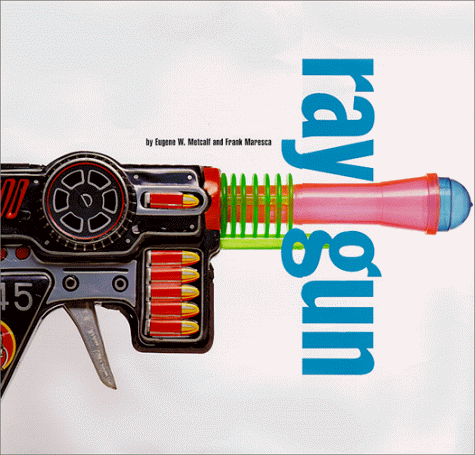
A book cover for Ray Gun; Eugene W., Jr. Metcalf; Humor & Entertainment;